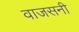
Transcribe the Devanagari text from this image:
वाजसनी